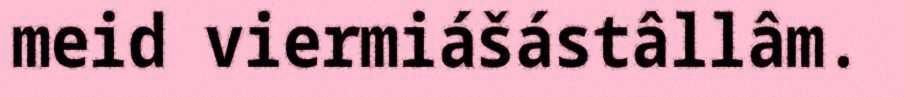
meid viermiášástâllâm.